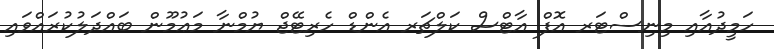
ހަމީދުއާއި މިނިސްޓަރ އޮފް އާޓްސް ކަލްޗަރ އެންޑް ހެރިޓޭޖް ޔުމްނާ މަޢުމޫން ބައްދަލުކުރައްވައި